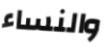
والنساء